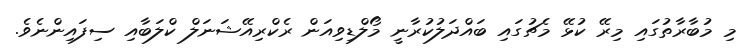
މި މުބާރާތުގައި މިރޭ ކުޅޭ މެޗުގައި ބައްދަލުކުރާނީ މޯލްޑިވިއަން ރެކްރިއޭޝަނަލް ކްލަބާއި ސިފައިންނެވެ.